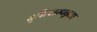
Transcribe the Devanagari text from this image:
दृष्टिसम्पन्नता